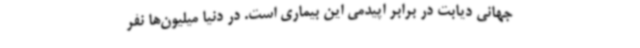
جهانی دیابت در برابر اپیدمی این بیماری است. در دنیا میلیون‌ها نفر